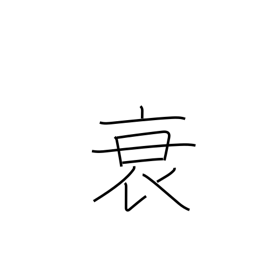
Meaning: weaken